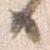
日